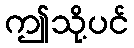
ဤသို့ပင်